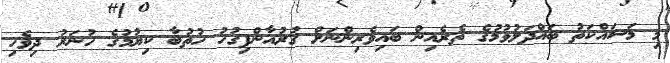
މި މަސައްކަތު ބައްދަލުވުމުގެ ތެރެއިން ބައިވެރިންނަށް ޤުރުއާންފިގުހު ހުތުބާ ކިޔުމުގެ ހުނަރު ދިވެހި